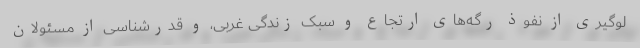
لوگیری از نفوذ رگه‌های ارتجاع و سبک زندگی غربی، و قدرشناسی از مسئولان